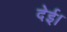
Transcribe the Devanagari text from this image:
देई।